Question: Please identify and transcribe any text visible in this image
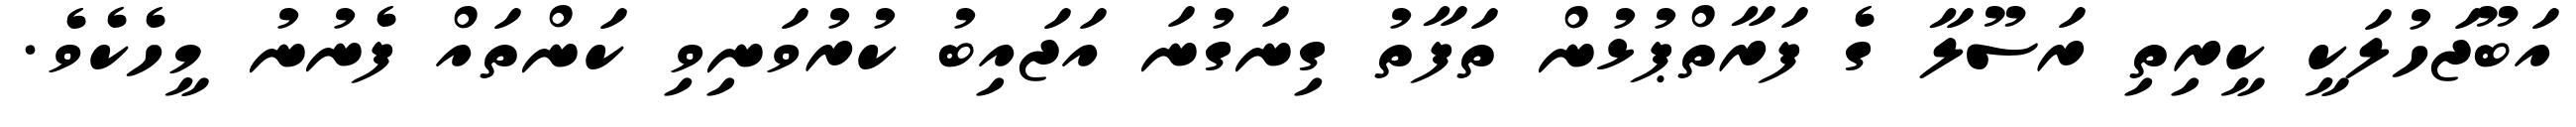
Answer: އަބޫޖަހުލަކީ ކީރިތި ރަސޫލާ ގެ ފަރާތްޕުޅުން ތަފާތު ގިނަގުނަ އަޖައިބު ކުރުވަނިވި ކަންތައް ފެނުނު މީހެކެވެ.